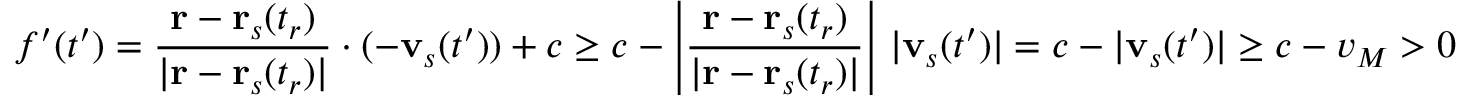
f ^ { \prime } ( t ^ { \prime } ) = { \frac { \mathbf { r } - \mathbf { r } _ { s } ( t _ { r } ) } { | \mathbf { r } - \mathbf { r } _ { s } ( t _ { r } ) | } } \cdot ( - \mathbf { v } _ { s } ( t ^ { \prime } ) ) + c \geq c - \left| { \frac { \mathbf { r } - \mathbf { r } _ { s } ( t _ { r } ) } { | \mathbf { r } - \mathbf { r } _ { s } ( t _ { r } ) | } } \right| \, | \mathbf { v } _ { s } ( t ^ { \prime } ) | = c - | \mathbf { v } _ { s } ( t ^ { \prime } ) | \geq c - v _ { M } > 0